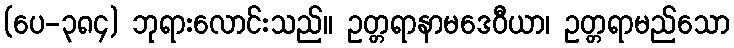
(ပေ-၃၈၄) ဘုရားလောင်းသည်။ ဥတ္တရာနာမဒေဝီယာ၊ ဥတ္တရာမည်သော